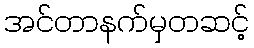
အင်တာနက်မှတဆင့်